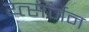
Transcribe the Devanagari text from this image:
य्त्सर्जन